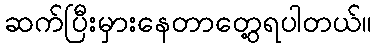
ဆက်ပြီးမှားနေတာတွေ့ရပါတယ်။